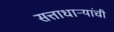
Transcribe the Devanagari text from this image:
सत्ताधार्‍यांची